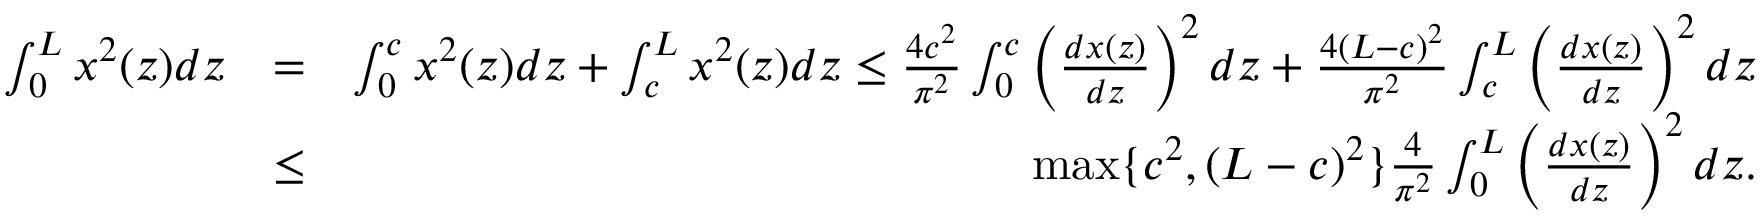
\begin{array} { r l r } { \int _ { 0 } ^ { L } { x ^ { 2 } ( z ) } d z } & { = } & { \int _ { 0 } ^ { c } { x ^ { 2 } ( z ) } d z + \int _ { c } ^ { L } { x ^ { 2 } ( z ) } d z \leq \frac { 4 c ^ { 2 } } { \pi ^ { 2 } } \int _ { 0 } ^ { c } { \left( \frac { d x ( z ) } { d z } \right) ^ { 2 } d z } + \frac { 4 ( L - c ) ^ { 2 } } { \pi ^ { 2 } } \int _ { c } ^ { L } { \left( \frac { d x ( z ) } { d z } \right) ^ { 2 } d z } } \\ & { \leq } & { \operatorname* { m a x } \{ c ^ { 2 } , ( L - c ) ^ { 2 } \} \frac { 4 } { \pi ^ { 2 } } \int _ { 0 } ^ { L } { \left( \frac { d x ( z ) } { d z } \right) ^ { 2 } d z } . } \end{array}